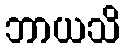
ဘာယသိ